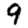
Digit: 9